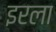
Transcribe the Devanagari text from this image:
इरला